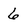
Character: 6